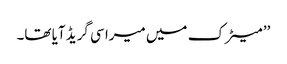
’’ میٹرک میں میرا سی گریڈ آیا تھا۔